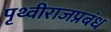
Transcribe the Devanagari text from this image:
पृथ्वीराजप्रबंध